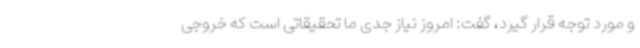
و مورد توجه قرار گیرد، گفت: امروز نیاز جدی ما تحقیقاتی است که خروجی